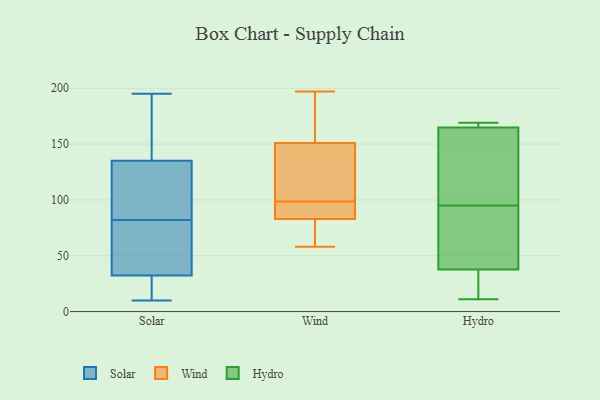
{"axis": {"x": "Website Visitors", "y": "Value"}, "legend": ["Hydro", "Solar", "Wind"], "data": [{"x": "", "y": 109, "type": "Solar"}, {"x": "", "y": 178, "type": "Solar"}, {"x": "", "y": 82, "type": "Solar"}, {"x": "", "y": 29, "type": "Solar"}, {"x": "", "y": 69, "type": "Solar"}, {"x": "", "y": 129, "type": "Solar"}, {"x": "", "y": 50, "type": "Solar"}, {"x": "", "y": 20, "type": "Solar"}, {"x": "", "y": 10, "type": "Solar"}, {"x": "", "y": 195, "type": "Solar"}, {"x": "", "y": 129, "type": "Solar"}, {"x": "", "y": 137, "type": "Solar"}, {"x": "", "y": 162, "type": "Solar"}, {"x": "", "y": 32, "type": "Solar"}, {"x": "", "y": 140, "type": "Solar"}, {"x": "", "y": 100, "type": "Solar"}, {"x": "", "y": 58, "type": "Solar"}, {"x": "", "y": 31, "type": "Solar"}, {"x": "", "y": 33, "type": "Solar"}, {"x": "", "y": 100, "type": "Wind"}, {"x": "", "y": 83, "type": "Wind"}, {"x": "", "y": 151, "type": "Wind"}, {"x": "", "y": 78, "type": "Wind"}, {"x": "", "y": 135, "type": "Wind"}, {"x": "", "y": 195, "type": "Wind"}, {"x": "", "y": 97, "type": "Wind"}, {"x": "", "y": 89, "type": "Wind"}, {"x": "", "y": 197, "type": "Wind"}, {"x": "", "y": 58, "type": "Wind"}, {"x": "", "y": 168, "type": "Hydro"}, {"x": "", "y": 158, "type": "Hydro"}, {"x": "", "y": 167, "type": "Hydro"}, {"x": "", "y": 85, "type": "Hydro"}, {"x": "", "y": 169, "type": "Hydro"}, {"x": "", "y": 114, "type": "Hydro"}, {"x": "", "y": 95, "type": "Hydro"}, {"x": "", "y": 23, "type": "Hydro"}, {"x": "", "y": 36, "type": "Hydro"}, {"x": "", "y": 11, "type": "Hydro"}, {"x": "", "y": 43, "type": "Hydro"}]}